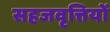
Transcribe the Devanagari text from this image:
सहजवृत्तियों